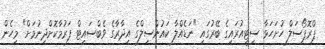
ޕްރޮޕޯސަލް ހުށަހަޅާ ސިޓީއުރައިގެ ބޭރުގައި "ނަޑެއްލާ ކައުންސިލްގެ އިދާރާގެ ވެބްސައިޓް ފަރުމާކޮށްދިނުމަށް" މިހެން